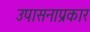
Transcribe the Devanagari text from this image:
उपासनाप्रकार